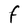
Character: F